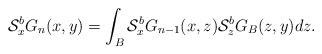
\begin{align*} \mathcal{S}^{b}_{x}G_{n}(x,y)=\int_{B}\mathcal{S}^{b}_{x}G_{n-1}(x,z)\mathcal{S}^{b}_{z}G_{B}(z,y)dz.\end{align*}